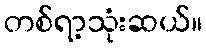
တစ်ရာ့သုံးဆယ်။